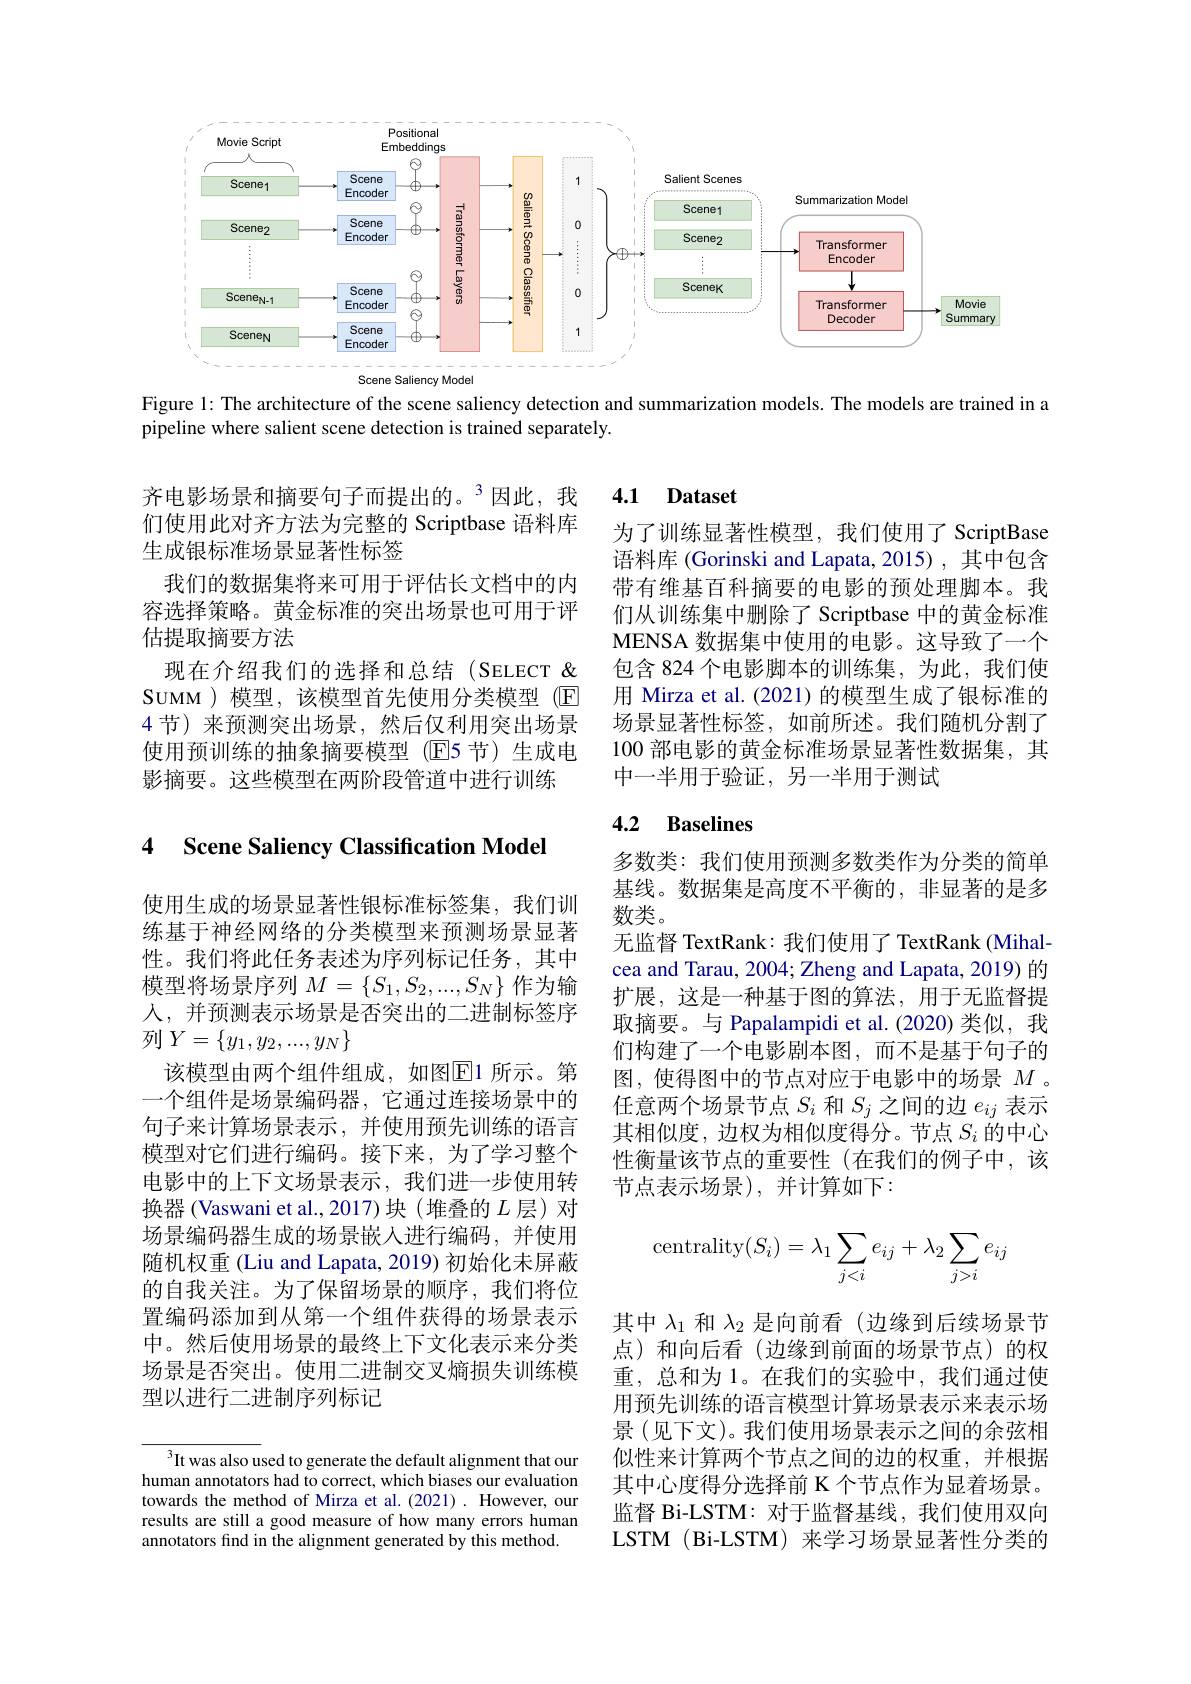
<FigureHere>

Figure 1: The architecture of the scene saliency detection and summarization models. The models are trained in a
pipeline where salient scene detection is trained separately.

齐电影场景和摘要句子而提出的。$^{3}$因此，我们使用此对齐方法为完整的 Scriptbase 语料库生成银标准场景显著性标签
我们的数据集将来可用于评估长文档中的内容选择策略。黄金标准的突出场景也可用于评估提取摘要方法
现在介绍我们的选择和总结(SELECT & SUMM )模型，该模型首先使用分类模型 (E 4 节)来预测突出场景，然后仅利用突出场景使用预训练的抽象摘要模型 (E5 节)生成电影摘要。这些模型在两阶段管道中进行训练

## 4 Scene Saliency Classification Model

使用生成的场景显著性银标准标签集，我们训练基于神经网络的分类模型来预测场景显著性。我们将此任务表述为序列标记任务，其中模型将场景序列$M=\left\{S_1,S_2,...,S_N\right\}$作为输人，并预测表示场景是否突出的二进制标签序列$Y=\{y_1,y_2,...,y_N\}$
该模型由两个组件组成，如图$\overline{\mathrm{E}}$1 所示。第一个组件是场景编码器，它通过连接场景中的句子来计算场景表示，并使用预先训练的语言模型对它们进行编码。接下来，为了学习整个电影中的上下文场景表示，我们进一步使用转换器 (Vaswani et al.,2017)块 (堆叠的$L$层)对场景编码器生成的场景嵌入进行编码，并使用随机权重 (Liu and Lapata, 2019) 初始化未屏蔽的自我关注。为了保留场景的顺序，我们将位置编码添加到从第一个组件获得的场景表示中。然后使用场景的最终上下文化表示来分类场景是否突出。使用二进制交叉熵损失训练模型以进行二进制序列标记

$^3$It was also used to generate the default alignment that our human annotators had to correct, which biases our evaluation towards the method of Mirza et al.(2021). However, our results are still a good measure of how many errors human annotators find in the alignment generated by this method.

### 4.1 Dataset

为了训练显著性模型，我们使用了 ScriptBase 语料库 (Gorinski and Lapata, 2015) ,其中包含带有维基百科摘要的电影的预处理脚本。我们从训练集中删除了 Scriptbase 中的黄金标准MENSA 数据集中使用的电影。这导致了一个包含 824 个电影脚本的训练集，为此，我们使用 Mirza et al.(2021) 的模型生成了银标准的场景显著性标签，如前所述。我们随机分割了100 部电影的黄金标准场景显著性数据集，其中一半用于验证，另一半用于测试

# 4.2 Baselines

多数类：我们使用预测多数类作为分类的简单基线。数据集是高度不平衡的，非显著的是多数类。
无监督 TextRank: 我们使用了 TextRank (Mihalcea and Tarau, 2004; Zheng and Lapata, 2019) 的扩展，这是一种基于图的算法，用于无监督提取摘要。与 Papalampidi et al.(2020)类似，我们构建了一个电影剧本图，而不是基于句子的图，使得图中的节点对应于电影中的场景$M$ 。任意两个场景节点$S_i$和$S_j$之间的边$e_{ij}$表示其相似度，边权为相似度得分。节点$S_i$的中心性衡量该节点的重要性(在我们的例子中，该节点表示场景),并计算如下：
$$\text{centrality}(S_i)=\lambda_1\sum_{j<i}e_{ij}+\lambda_2\sum_{j>i}e_{ij}$$
其中$\lambda_{1}$和$\lambda_{2}$是向前看 (边缘到后续场景节点)和向后看(边缘到前面的场景节点)的权重，总和为 1。在我们的实验中，我们通过使用预先训练的语言模型计算场景表示来表示场景 (见下文)。我们使用场景表示之间的余弦相似性来计算两个节点之间的边的权重，并根据其中心度得分选择前 K 个节点作为显着场景。监督 Bi-LSTM: 对于监督基线，我们使用双向LSTM (Bi-LSTM) 来学习场景显著性分类的